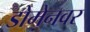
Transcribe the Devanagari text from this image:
डोमेनवर